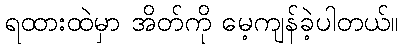
ရထားထဲမှာ အိတ်ကို မေ့ကျန်ခဲ့ပါတယ်။